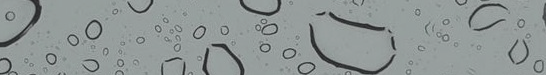
LoWeRpRiCeS